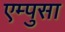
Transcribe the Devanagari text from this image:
एम्पुसा